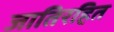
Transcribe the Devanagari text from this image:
जातिरहित